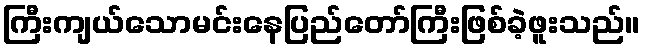
ကြီးကျယ်သောမင်းနေပြည်တော်ကြီးဖြစ်ခဲ့ဖူးသည်။